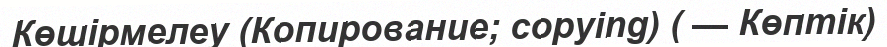
Көшірмелеу (Копирование; copying) ( — Көптік)